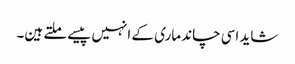
شاید اسی چاند ماری کے انہیں پیسے ملتے ہین۔